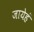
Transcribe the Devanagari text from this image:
जायेहं